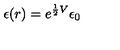
\epsilon ( r ) = e ^ { { \frac { 1 } { 2 } } V } \epsilon _ { 0 }